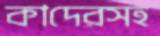
কাদেরসহ